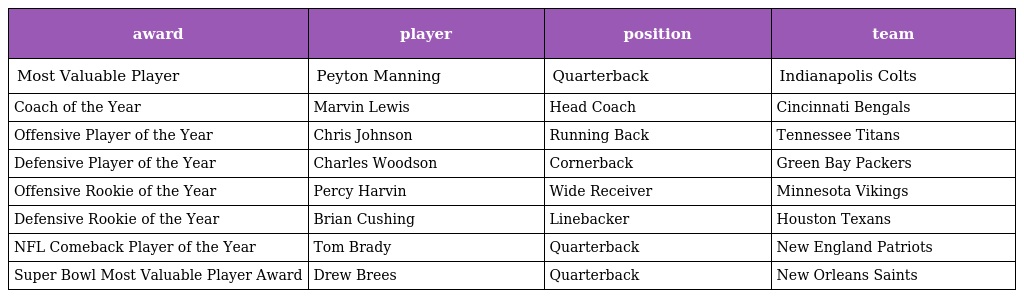
| award | player | position | team |
 | --- | --- | --- | --- |
 | Most Valuable Player | Peyton Manning | Quarterback | Indianapolis Colts |
 | Coach of the Year | Marvin Lewis | Head Coach | Cincinnati Bengals |
 | Offensive Player of the Year | Chris Johnson | Running Back | Tennessee Titans |
 | Defensive Player of the Year | Charles Woodson | Cornerback | Green Bay Packers |
 | Offensive Rookie of the Year | Percy Harvin | Wide Receiver | Minnesota Vikings |
 | Defensive Rookie of the Year | Brian Cushing | Linebacker | Houston Texans |
 | NFL Comeback Player of the Year | Tom Brady | Quarterback | New England Patriots |
 | Super Bowl Most Valuable Player Award | Drew Brees | Quarterback | New Orleans Saints |